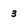
Character: 3